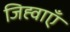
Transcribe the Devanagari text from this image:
जिह्वाएँ